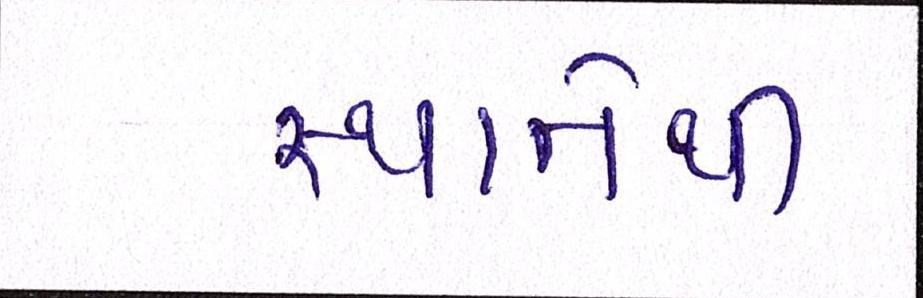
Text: સ્થાનેથી